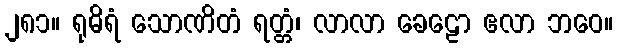
၂၈၁။ ရုဓိရံ သောဏိတံ ရတ္တံ၊ လာလာ ခေဠော ဧလာ ဘဝေ။